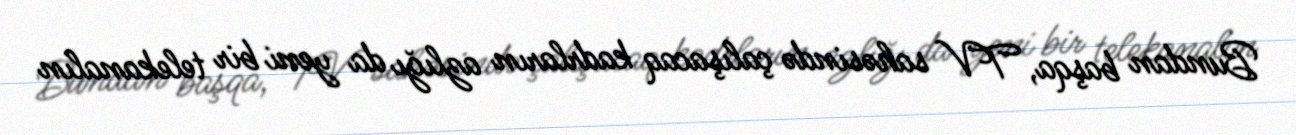
Bundan başqa, TV sahəsində çalışacaq kadrların azlığı da yeni bir telekanalın